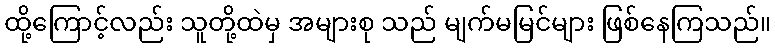
ထို့ကြောင့်လည်း သူတို့ထဲမှ အများစု သည် မျက်မမြင်များ ဖြစ်နေကြသည်။